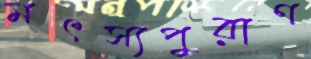
মৎস্যপুরাণ